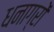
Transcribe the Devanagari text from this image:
धनाग्रों